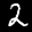
Label: 2